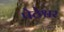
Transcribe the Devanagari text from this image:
पेठेश्वर